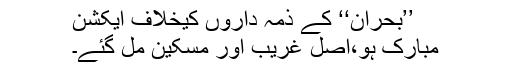
’’بحران‘‘ کے ذمہ داروں کیخلاف ایکشن
مبارک ہو،اصل غریب اور مسکین مل گئے۔